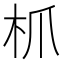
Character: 枛